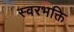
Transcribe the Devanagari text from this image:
स्वरभक्ति